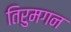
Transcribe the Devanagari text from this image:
तिरुमगन